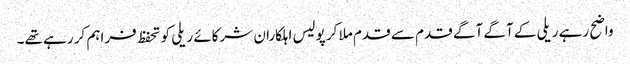
واضح رہے ریلی کے آگے آگے قدم سے قدم ملا کر پولیس اہلکاران شرکائے ریلی کو تحفظ فراہم کر رہے تھے۔